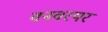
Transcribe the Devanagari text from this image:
वनवरयर